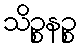
သိဉ္စနဉ္စ